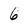
Character: 6